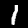
Digit: 1